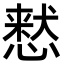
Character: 慭